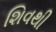
શિવથી